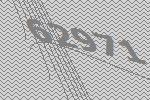
62971